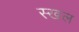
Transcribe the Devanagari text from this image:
स्खल